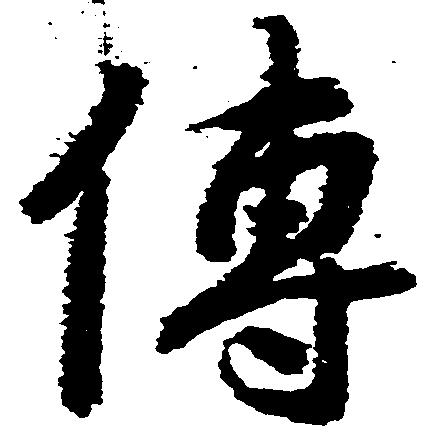
伝